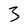
Character: 3